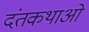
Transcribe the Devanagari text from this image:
दंतकथाओ